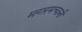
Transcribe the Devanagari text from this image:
मगरमच्छनी